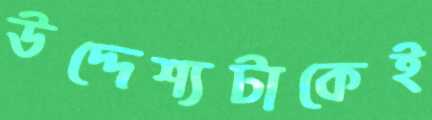
উদ্দেশ্যটাকেই